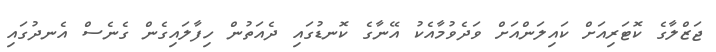
ޖަޒްލާގެ ކޮޓަރިއަށް ކައިލަންއަށް ވަދެވުމާއެކު އޭނާގެ ކޮނޑުގައި ދެއަތުން ހިފާލައިގެން ގެނެސް އެނދުގައި